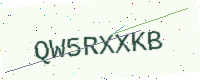
Text: QW5RXXKB